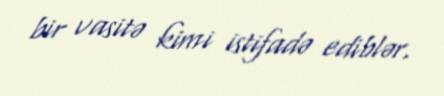
bir vasitə kimi istifadə ediblər.